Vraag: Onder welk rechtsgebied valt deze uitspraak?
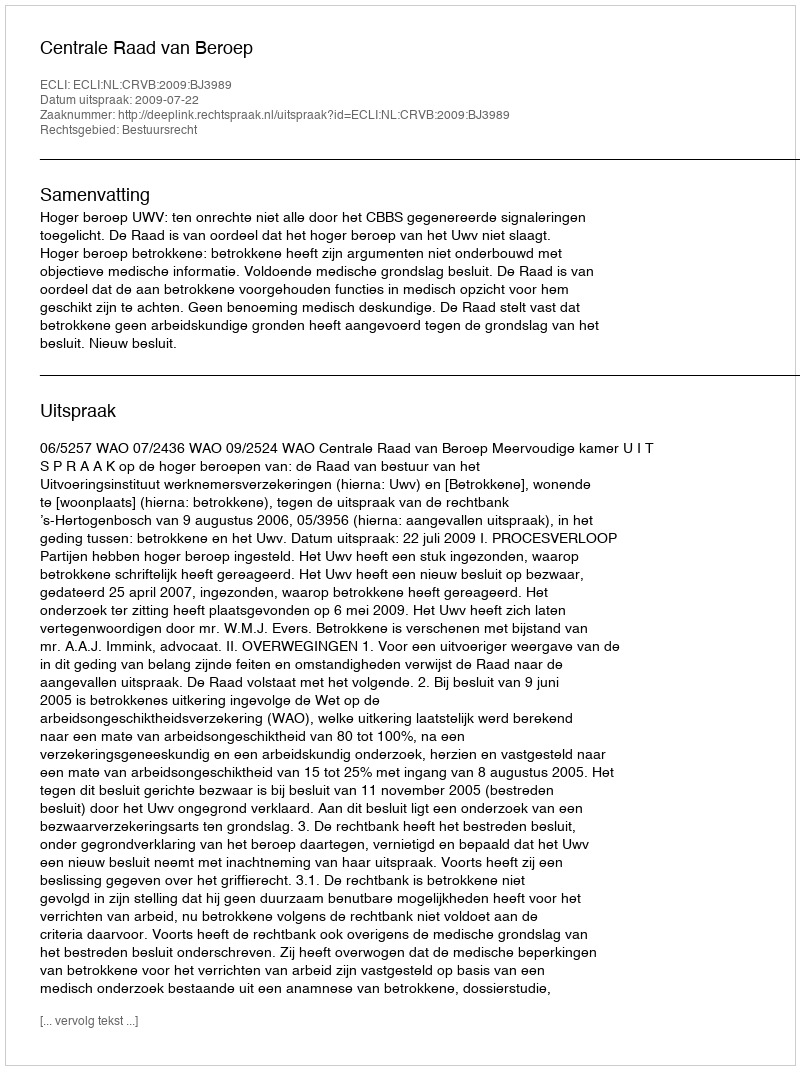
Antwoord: Bestuursrecht